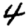
Digit: 4